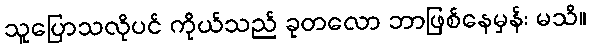
သူပြောသလိုပင် ကိုယ်သည် ခုတလော ဘာဖြစ်နေမှန်း မသိ။